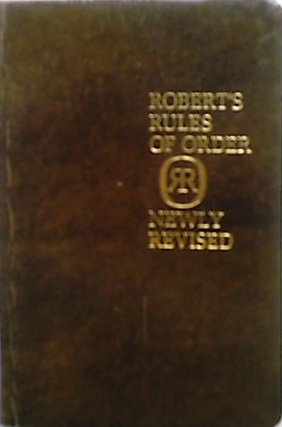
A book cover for Robert's Rules of Order - Newly Revised; Sarah Corbin Robert; Reference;